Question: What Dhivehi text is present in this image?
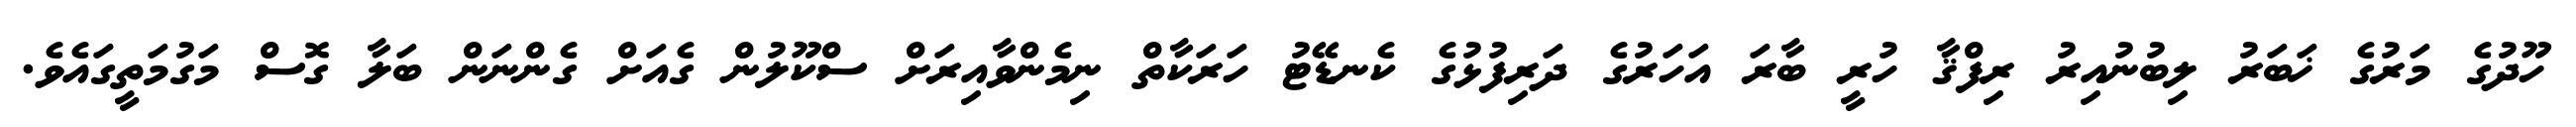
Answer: ހޫދުގެ މަރުގެ ޚަބަރު ލިބުނުއިރު ރިފްޤާ ހުރީ ބާރަ އަހަރުގެ ދަރިފުޅުގެ ކެނޑޭޓު ހަރަކާތް ނިމެންވާއިރަށް ސްކޫލުން ގެއަށް ގެންނަން ބަލާ ގޮސް މަގުމަތީގައެވެ.